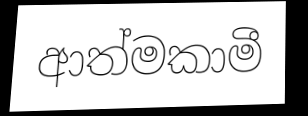
ආත්මකාමී